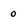
Character: o